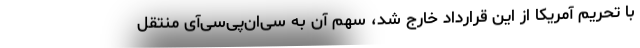
با تحریم آمریکا از این قرارداد خارج شد، سهم آن به سی‌ان‌پی‌سی‌آی منتقل